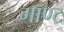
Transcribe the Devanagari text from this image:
गॉण्ट